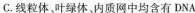
C.线粒体、叶绿体。内质网中均含有DNA